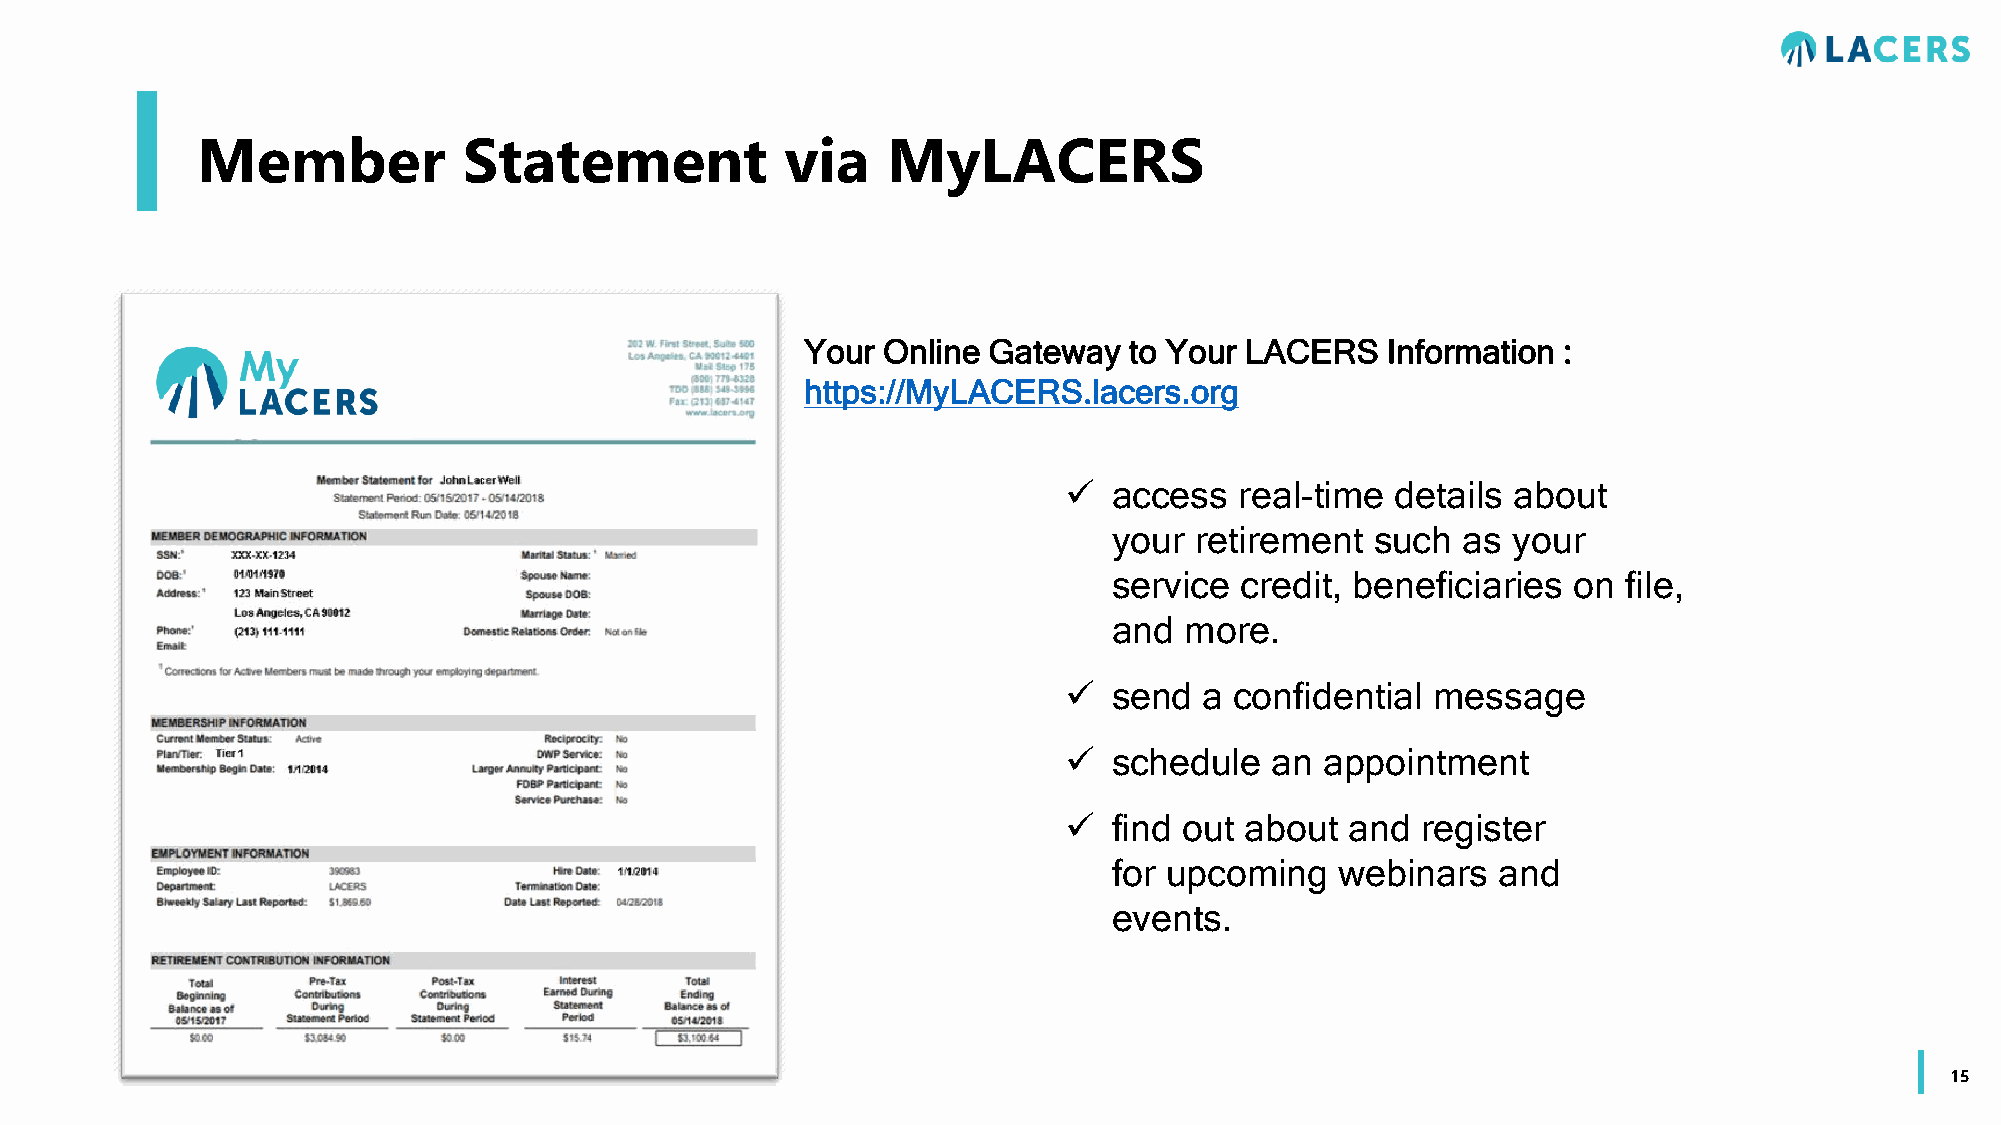
Member            Statement            via    MyLACERS
 Your Online Gateway   to Your LACERS   Information :
 https://MyLACERS.lacers.org
   access  real-time details about
 your retirement  such  as your
 service credit, beneficiaries on  file,
 and more.
   send  a confidential message
   schedule  an  appointment
   find out about and  register
 for upcoming   webinars  and
 events.
 15